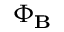
\Phi _ { \mathbf { B } }